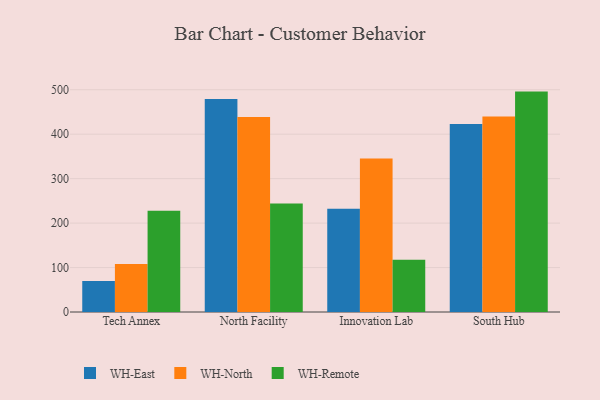
{"axis": {"x": "Campus", "y": "Operating Costs (USD K)"}, "legend": ["WH-East", "WH-North", "WH-Remote"], "data": [{"x": "Tech Annex", "y": 69.7, "type": "WH-East"}, {"x": "Tech Annex", "y": 107.9, "type": "WH-North"}, {"x": "Tech Annex", "y": 227.7, "type": "WH-Remote"}, {"x": "North Facility", "y": 479.4, "type": "WH-East"}, {"x": "North Facility", "y": 438.9, "type": "WH-North"}, {"x": "North Facility", "y": 243.8, "type": "WH-Remote"}, {"x": "Innovation Lab", "y": 232.4, "type": "WH-East"}, {"x": "Innovation Lab", "y": 345.3, "type": "WH-North"}, {"x": "Innovation Lab", "y": 117.4, "type": "WH-Remote"}, {"x": "South Hub", "y": 422.9, "type": "WH-East"}, {"x": "South Hub", "y": 439.7, "type": "WH-North"}, {"x": "South Hub", "y": 495.8, "type": "WH-Remote"}]}